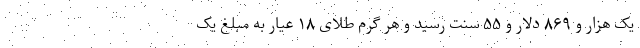
یک هزار و ۸۶۹ دلار و ۵۵ سنت رسید و هر گرم طلای ۱۸ عیار به مبلغ یک